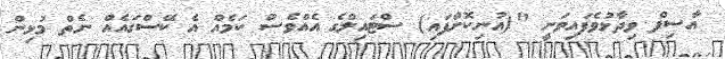
އާސިފް ވިދާޅުވެފައިވަނީ "(އުނިކޮށްފައި) ސްޓައިލްގެ އެއްވެސް ކަމެއް އެ ކޭސްގައެއް ނެތް މުޅިން